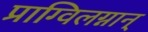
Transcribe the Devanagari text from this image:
प्राग्विलग्नान्